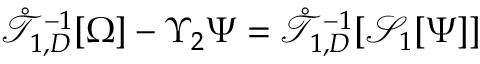
\begin{array} { r } { \mathring { \mathcal { T } } _ { 1 , D } ^ { - 1 } [ \Omega ] - \Upsilon _ { 2 } \Psi = \mathring { \mathcal { T } } _ { 1 , D } ^ { - 1 } [ \mathcal { S } _ { 1 } [ \Psi ] ] } \end{array}